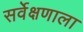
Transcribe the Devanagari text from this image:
सर्वेक्षणाला